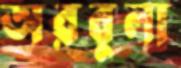
অরবুলা